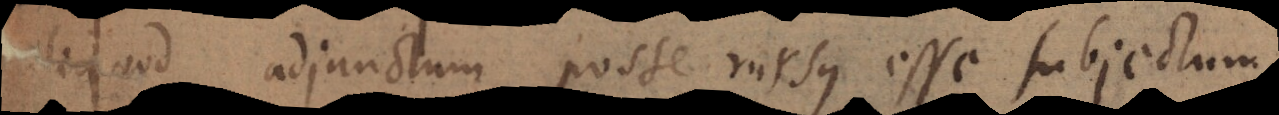
aliquod adjunctum posse rursus esse subjectum,